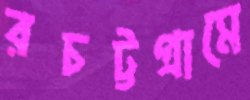
রচট্টগ্রামে